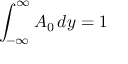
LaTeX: \int _ { - \infty } ^ { \infty } A _ { 0 } \, d y = 1